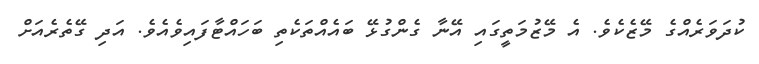
ކުދަވަރެއްގެ މޭޒެކެވެ. އެ މޭޒުމަތީގައި އޭނާ ގެންގުޅޭ ބައެއްތަކެތި ބަހައްޓާފައިވެއެވެ. އަދި ގޭތެރެއަށް